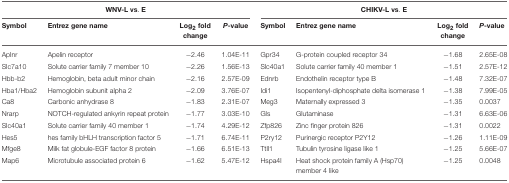
| <COLSPAN=4> WNV-L vs. E | <COLSPAN=4> CHIKV-L vs. E |
 | Symbol | Entrez gene name | Log2 fold change | P-value | Symbol | Entrez gene name | Log2 fold change | P-value |
 | --- | --- | --- | --- | --- | --- | --- | --- |
 | Aplnr | Apelin receptor | −2.46 | 1.04E-11 | Gpr34 | G-protein coupled receptor 34 | −1.68 | 2.65E-08 |
 | Slc7a10 | Solute carrier family 7 member 10 | −2.26 | 1.56E-13 | Slc40a1 | Solute carrier family 40 member 1 | −1.51 | 2.57E-12 |
 | Hbb-b2 | Hemoglobin, beta adult minor chain | −2.16 | 2.57E-09 | Ednrb | Endothelin receptor type B | −1.48 | 7.32E-07 |
 | Hba1/Hba2 | Hemoglobin subunit alpha 2 | −2.09 | 3.76E-07 | Idi1 | Isopentenyl-diphosphate delta isomerase 1 | −1.38 | 7.99E-05 |
 | Ca8 | Carbonic anhydrase 8 | −1.83 | 2.31E-07 | Meg3 | Maternally expressed 3 | −1.35 | 0.0037 |
 | Nrarp | NOTCH-regulated ankyrin repeat protein | −1.77 | 3.03E-10 | Gls | Glutaminase | −1.31 | 6.63E-06 |
 | Slc40a1 | Solute carrier family 40 member 1 | −1.74 | 4.29E-12 | Zfp826 | Zinc finger protein 826 | −1.31 | 0.0022 |
 | Hes5 | hes family bHLH transcription factor 5 | −1.71 | 6.74E-11 | P2ry12 | Purinergic receptor P2Y12 | −1.26 | 1.11E-09 |
 | Mfge8 | Milk fat globule-EGF factor 8 protein | −1.66 | 6.51E-13 | Ttll1 | Tubulin tyrosine ligase like 1 | −1.25 | 5.66E-07 |
 | Map6 | Microtubule associated protein 6 | −1.62 | 5.47E-12 | Hspa4l | Heat shock protein family A (Hsp70) member 4 like | −1.25 | 0.0048 |